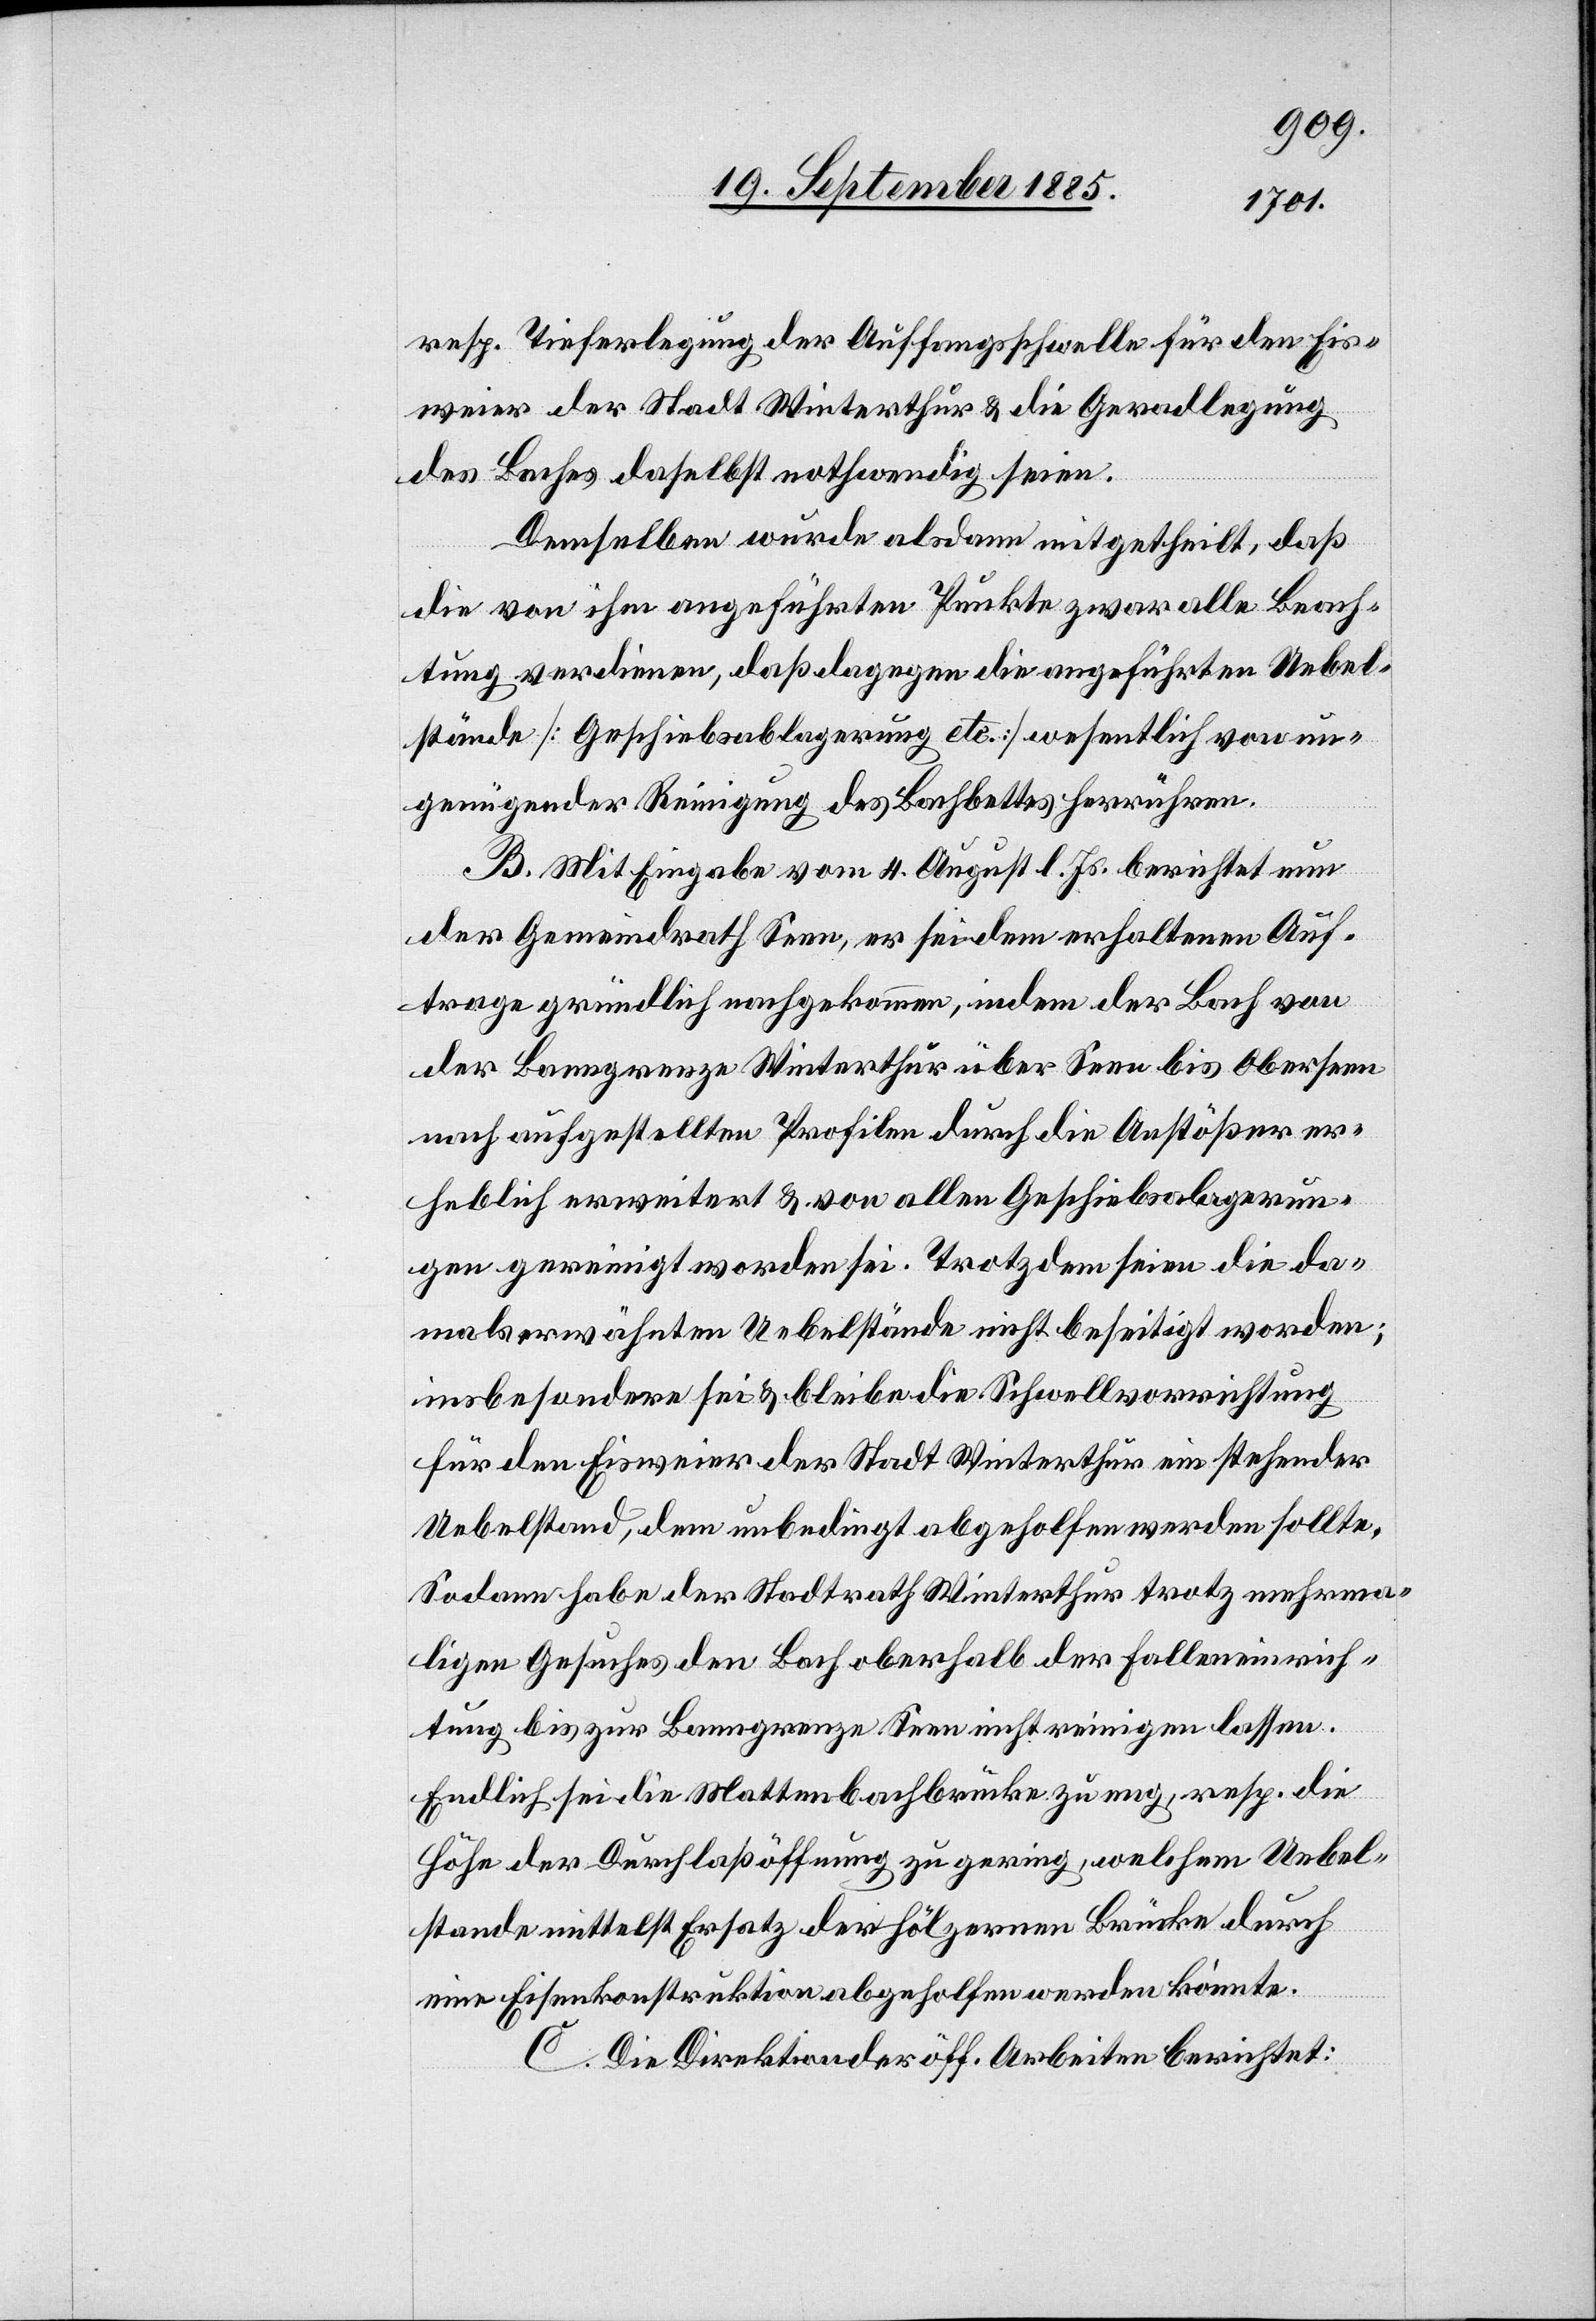
resp. Tieferlegung der Auffangsschwelle für den Eis¬
weier der Stadt Winterthur & die Geradlegung
des Baches daselbst nothwendig seien.
Derselben wurde alsdann mitgetheilt, daß
die von ihm angeführten Punkte zwar alle Beach¬
tung verdienen, daß dagegen die angeführten Uebel¬
stände [Geschiebsablagerung etc.] wesentlich von un¬
genügender Reinigung des Bachbettes herrühren.
B. Mit Eingabe vom 4. August l. Js. berichtet nun
der Gemeindrath Seen, er sei dem erhaltenen Auf¬
trage gründlich nachgekommen, indem der Bach von
der Banngrenze Winterthur über Seen bis Oberseen
nach aufgestellten Profilen durch die Anstößer er¬
heblich erweitert & von allen Geschiebsablagerun¬
gen gereinigt worden sei. Trotzdem seien die da¬
mals erwähnten Uebelstände nicht beseitigt worden;
insbesondere sei & bleibe die Schwellvorrichtung
für den Eisweier der Stadt Winterthur ein stehender
Uebelstand, dem unbedingt abgeholfen werden sollte.
Sodann habe der Stadtrath Winterthur trotz mehrma¬
ligen Gesuches den Bach oberhalb der Falleneinrich¬
tung bis zur Banngrenze Seen nicht reinigen lassen.
Endlich sei die Mattenbachbrücke zu eng, resp. die
Höhe der Durchlaßöffnung zu gering, welchem Uebel¬
stande mittelst Ersatz der hölzernen Brücke durch
eine Eisenkonstruktion abgeholfen werden könnte.
C. Die Direktion der öff. Arbeiten berichtet: